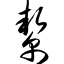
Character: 帮